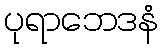
ပုရာဘေဒနံ